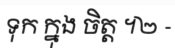
ទុក ក្នុង ចិត្ត ។២ -